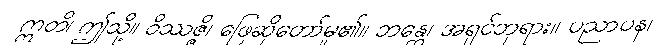
ဣတိ၊ ဤသို့။ ဝိဿဇ္ဇိ၊ ဖြေဆိုတော်မူ၏။ ဘန္တေ၊ အရှင်ဘုရား။ ပညာပန၊